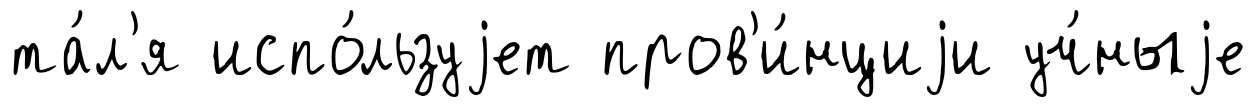
та́л'я испо́льзуjет пров'и́нциjи уч́ныjе